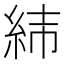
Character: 𦀃